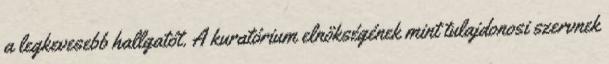
a legkevesebb hallgatót. A kuratórium elnökségének mint tulajdonosi szervnek